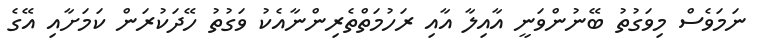
ނަމަވެސް މިވަގުތު ބޭނުންވަނީ އާއިލާ އާއި ރަހުމަތްތެރިންނާއެކު ވަގުތު ހޭދަކުރަން ކަމަށާއި އޭގެ